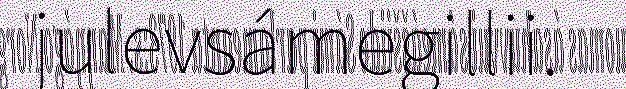
julevsámegillii.